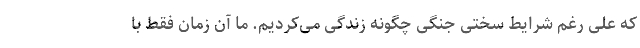
که علی رغم شرایط سختی جنگی چگونه زندگی می‌کردیم. ما آن زمان فقط با